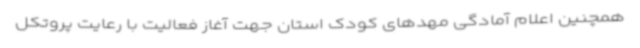
همچنین اعلام آمادگی مهدهای کودک استان جهت آغاز فعالیت با رعایت پروتکل